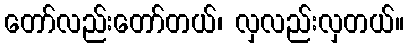
တော်လည်းတော်တယ်၊ လှလည်းလှတယ်။